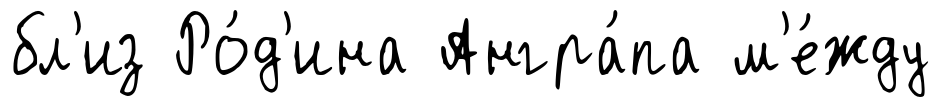
бл'из Ро́д'ина Ангра́па м'е́жду